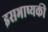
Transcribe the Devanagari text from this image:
इसभाष्यकी